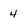
Character: 4